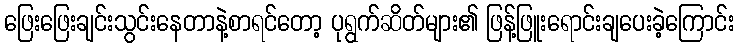
ဖြေးဖြေးချင်းသွင်းနေတာနဲ့စာရင်တော့ ပုရွက်ဆိတ်များ၏ ဖြန့်ဖြူးရောင်းချပေးခဲ့ကြောင်း